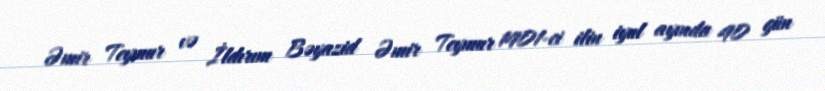
Əmir Teymur və İldırım Bəyazid Əmir Teymur 1401-ci ilin iyul ayında 40 gün